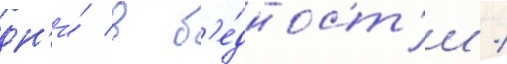
дн'и́ в б'е́дност'и /